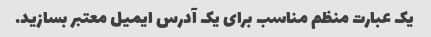
یک عبارت منظم مناسب برای یک آدرس ایمیل معتبر بسازید.